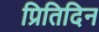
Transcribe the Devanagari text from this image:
प्रितिदिन